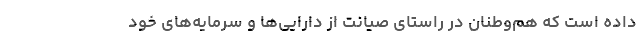
داده است که هم‌وطنان در راستای صیانت از دارایی‌ها و سرمایه‌های خود